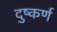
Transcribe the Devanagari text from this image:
दुष्कर्ण